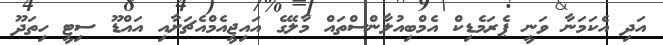
އަދި އެކަމަނާ ވަނީ ޕެރަމެޑިކް އެމްބިއުލާންސްތައް މާލޭގެ އައިޖީއެމްއެޗަށާއި އައްޑޫ ސިޓީ ހިތަދޫ